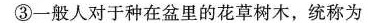
③一般人对于种在盆里的花草树木，统称为